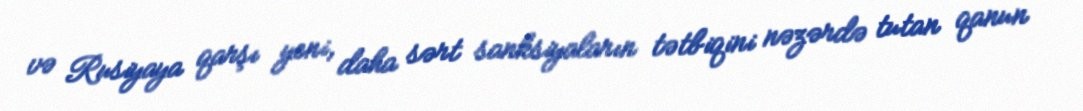
və Rusiyaya qarşı yeni, daha sərt sanksiyaların tətbiqini nəzərdə tutan qanun